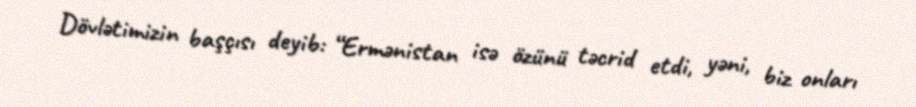
Dövlətimizin başçısı deyib: “Ermənistan isə özünü təcrid etdi, yəni, biz onları